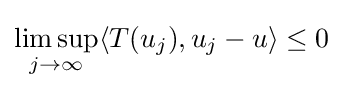
\limsup _{j\to \infty }\langle T(u_{j}),u_{j}-u\rangle \leq 0